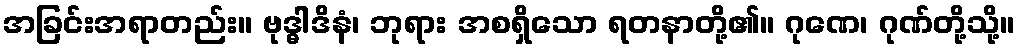
အခြင်းအရာတည်း။ ဗုဒ္ဓါဒိနံ၊ ဘုရား အစရှိသော ရတနာတို့၏။ ဂုဏေ၊ ဂုဏ်တို့သို့။